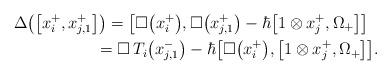
LaTeX: \begin{gather*}\Delta\big(\big[x_i^+, x_{j,1}^+\big]\big) = \big[\square\big(x_i^+\big), \square\big(x_{j,1}^+\big) - \hbar \big[1 \otimes x_j^+,\Omega_+\big]\big]\\\hphantom{\Delta\big(\big[x_i^+, x_{j,1}^+\big]\big)}{} = \square\,T_i\big(x_{j,1}^-\big) - \hbar \big[\square\big(x_i^+\big),\big[1 \otimes x_j^+,\Omega_+\big]\big].\end{gather*}